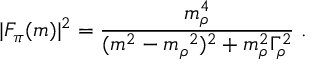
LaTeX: | F _ { \pi } ( m ) | ^ { 2 } = \frac { m _ { \rho } ^ { 4 } } { ( m ^ { 2 } - m _ { \rho } { } ^ { 2 } ) ^ { 2 } + m _ { \rho } ^ { 2 } \Gamma _ { \rho } ^ { 2 } } \; .